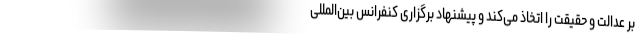
بر عدالت و حقیقت را اتخاذ می‌کند و پیشنهاد برگزاری کنفرانس بین‌المللی